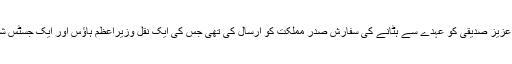
سپریم جوڈیشل کونسل نے جسٹس شوکت عزیز صدیقی کو عہدے سے ہٹانے کی سفارش صدر مملکت کو ارسال کی تھی جس کی ایک نقل وزیراعظم ہاؤس اور ایک جسٹس شوکت عزیز صدیقی کو بھی بھجوائی گئی۔